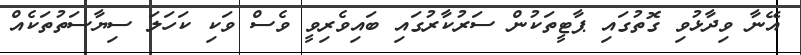
އޭނާ ވިދާޅުވި ގޮތުގައި ޕާޓީތަކުން ސަރުކާރުގައި ބައިވެރިވީ ވެސް ވަކި ކަހަލަ ސިޔާސަތުތަކެއް